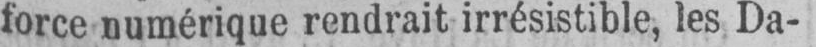
force numérique rendrait irrésistible, les Da-